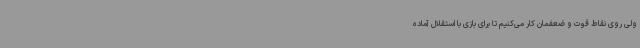
ولی روی نقاط قوت و ضعفمان کار می‌کنیم تا برای بازی با استقلال آماده